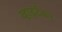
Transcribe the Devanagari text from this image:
व्हाइटैकर